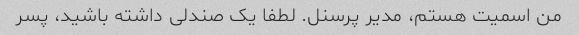
من اسمیت هستم، مدیر پرسنل. لطفا یک صندلی داشته باشید، پسر